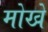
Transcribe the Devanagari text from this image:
मोखे